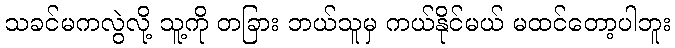
သခင်မကလွဲလို့ သူ့ကို တခြား ဘယ်သူမှ ကယ်နိုင်မယ် မထင်တော့ပါဘူး